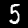
Label: 5